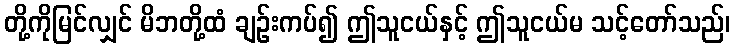
တို့ကိုမြင်လျှင် မိဘတို့ထံ ချဉ်းကပ်၍ ဤသူငယ်နှင့် ဤသူငယ်မ သင့်တော်သည်၊